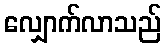
လျှောက်လာသည်